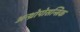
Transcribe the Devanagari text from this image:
अन्थ्रोपोसन्त्रिक